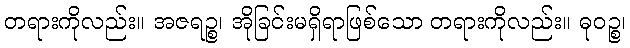
တရားကိုလည်း။ အဇရဉ္စ၊ အိုခြင်းမရှိရာဖြစ်သော တရားကိုလည်း။ ဓုဝဉ္စ၊